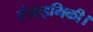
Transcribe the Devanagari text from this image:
एंजाइमिकी।